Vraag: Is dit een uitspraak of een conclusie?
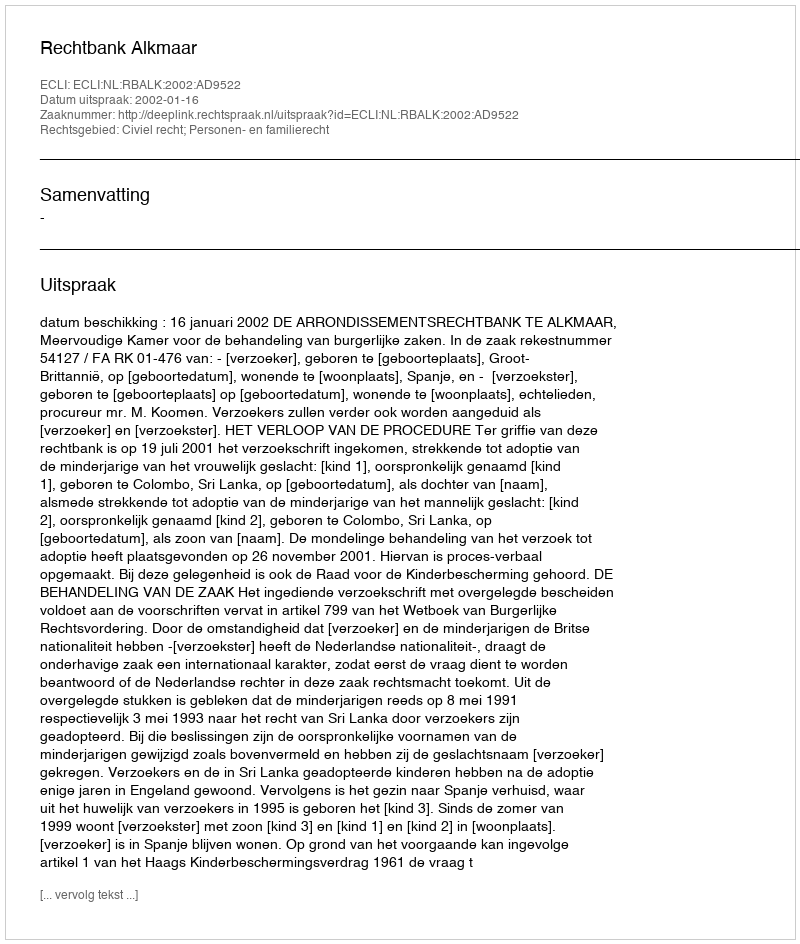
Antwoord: Uitspraak